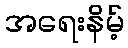
အရေးနိမ့်